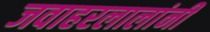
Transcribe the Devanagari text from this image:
जवाहरलालांनी